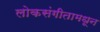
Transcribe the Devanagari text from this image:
लोकसंगीतामधून